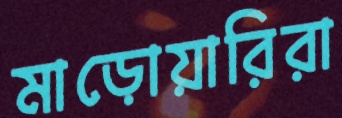
মাড়োয়ারিরা